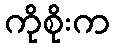
ကိုစိုးက